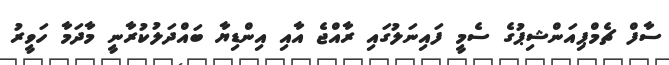
ސާފް ޗެމްޕިއަންޝިޕުގެ ސެމީ ފައިނަލުގައި ރާއްޖެ އާއި އިންޑިޔާ ބައްދަލުކުރާނީ މާދަމާ ހަވީރު